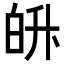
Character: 𭽓